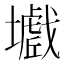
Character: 𡒾